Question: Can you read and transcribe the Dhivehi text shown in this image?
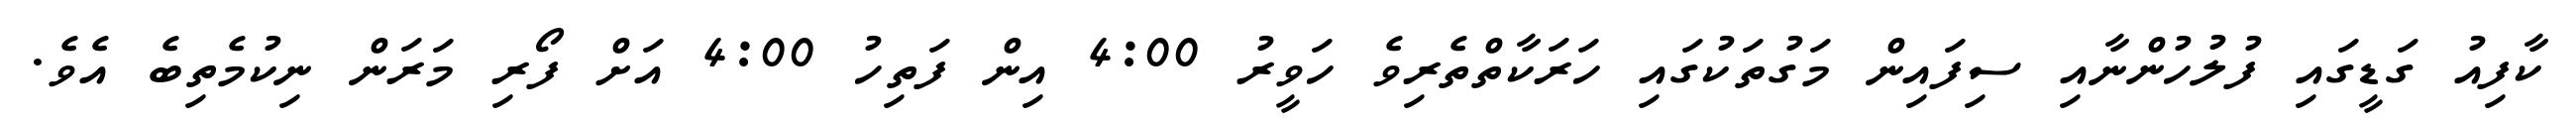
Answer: ކާފިއު ގަޑީގައި ފުލުހުންނާއި ސިފައިން މަގުތަކުގައި ހަރަކާތްތެރިވެ ހަވީރު 4:00 އިން ފަތިހު 4:00 އަށް ފޯރި މަރަން ނިކުމެތިބެ އެވެ.